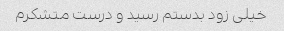
خیلی زود بدستم رسید و درست متشکرم